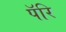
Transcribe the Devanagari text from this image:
पॅरि